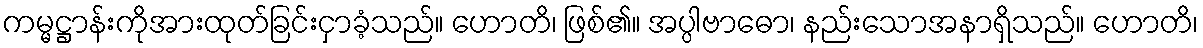
ကမ္မဋ္ဌာန်းကိုအားထုတ်ခြင်းငှာခံ့သည်။ ဟောတိ၊ ဖြစ်၏။ အပ္ပါဗာဓော၊ နည်းသောအနာရှိသည်။ ဟောတိ၊